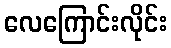
လေကြောင်းလိုင်း